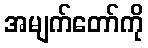
အမျက်တော်ကို